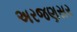
અરજણસર